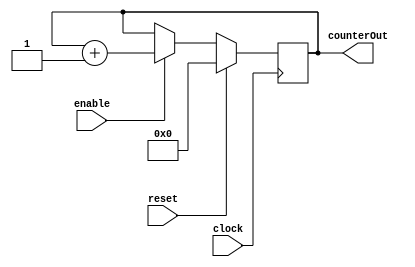
module Counter(clock, reset, enable, counterOut);
//-------------Input Ports-----------------------------
	input clock ;
	input reset ;
	input enable ;
	//-------------Output Ports----------------------------
	output [15:0] counterOut ;
	//-------------Input ports Data Type-------------------
	// By rule all the input ports should be wires   
	wire clock ;
	wire reset ;
	wire enable ;
	//-------------Output Ports Data Type------------------
	// Output port can be a storage element (reg) or a wire
	reg [15:0] counterOut ;
	
	//------------Code Starts Here-------------------------
	// Since this counter is a positive edge trigged one,
	// We trigger the below block with respect to positive
	// edge of the clock.
	always @ (posedge clock)
	begin : COUNTER // Block Name
		// At every rising edge of clock we check if reset is active
		// If active, we load the counter output with 4'b0000
		if (reset == 1'b1) begin
			counterOut <=  #1  16'h0000;
		end
		// If enable is active, then we increment the counter
		else if (enable == 1'b1) begin
			counterOut <=  #1  counterOut + 1;
		end
	end // End of Block COUNTER
endmodule